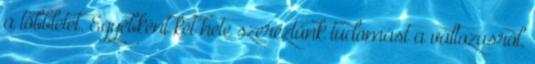
a többletet. Egyébként két hete szereztünk tudomást a változásról,